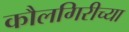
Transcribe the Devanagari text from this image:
कौलगिरीच्या